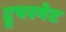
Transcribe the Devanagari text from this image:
ट्रूपरगेट